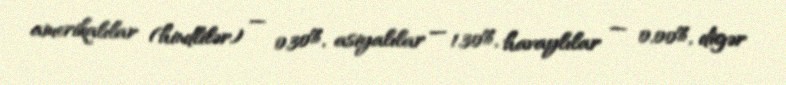
amerikalılar (hindlilər) — 0,30%, asiyalılar — 1,30%, havaylılar — 0,00%, digər